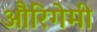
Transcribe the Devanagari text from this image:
औरिगेमी